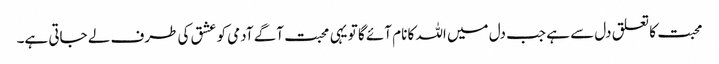
محبت کا تعلق دل سے ہے جب دل میں اللہ کا نام آئے گا تو یہی محبت آگے آدمی کو عشق کی طرف لے جاتی ہے۔